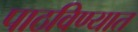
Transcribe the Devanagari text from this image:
पाठविण्‍यात